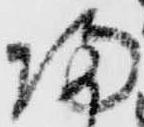
帰